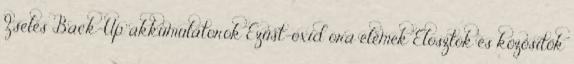
Zselés Back-Up akkumulátorok Ezüst-oxid óra elemek Elosztók és közösítők